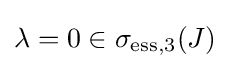
\lambda =0\in \sigma _{\mathrm {ess} ,3}(J)